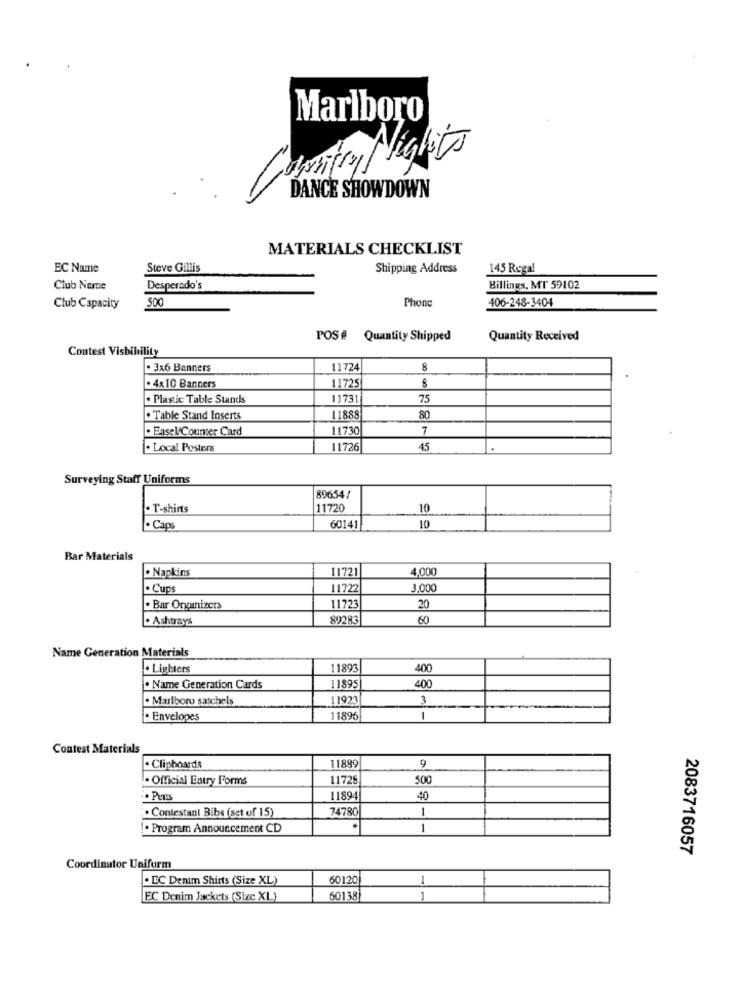
Marlboro
Capritry Nights
DANCE SHOWDOWN
MATERIALS CHECKLIST
EC Name
Steve Gillis
Shipping Address
145 Regal
Club Name
Desperado's
Billings, MT 59102
406-248-3404
Club Capacity
500
Phone
POS# Quantity Shipped
Quantity Received
Contest Visbibility
. 3x6 Banners
11724
8
11725
. 4x10 Banners
. Plastic Table Stands
1173
75
. Table Stand Inserts
11888
80
. Easel Counter Card
11730
- Local Posters
11726
45
Surveying Staff Uniforms
896541
- T-shirts
11720
10
. Caps
60141
10
Bar Materials
· Napkins
11721
4,000
- Cups
11722
3,00
. Bar Organizers
11723
20
. Ashtrays
89283
60
Name Generation Materials
. Lighters
1893
400
11895
. Name Generation Cards
400
. Marlboro satchels
11923
3
1
. Envelopes
11896
1
1
Contest Materials
11889
. Clipboards
. Official Entry Forms
11729
500
11894
40
. Contestant Bibs (set of 15)
74780
1
. Program Announcement CD
1
2083716057
Coordinator Uniform
. EC Denim Shirts (Size XL)
6012
1
EC Denim Jackets (Size XL)
60138
1